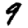
Digit: 9